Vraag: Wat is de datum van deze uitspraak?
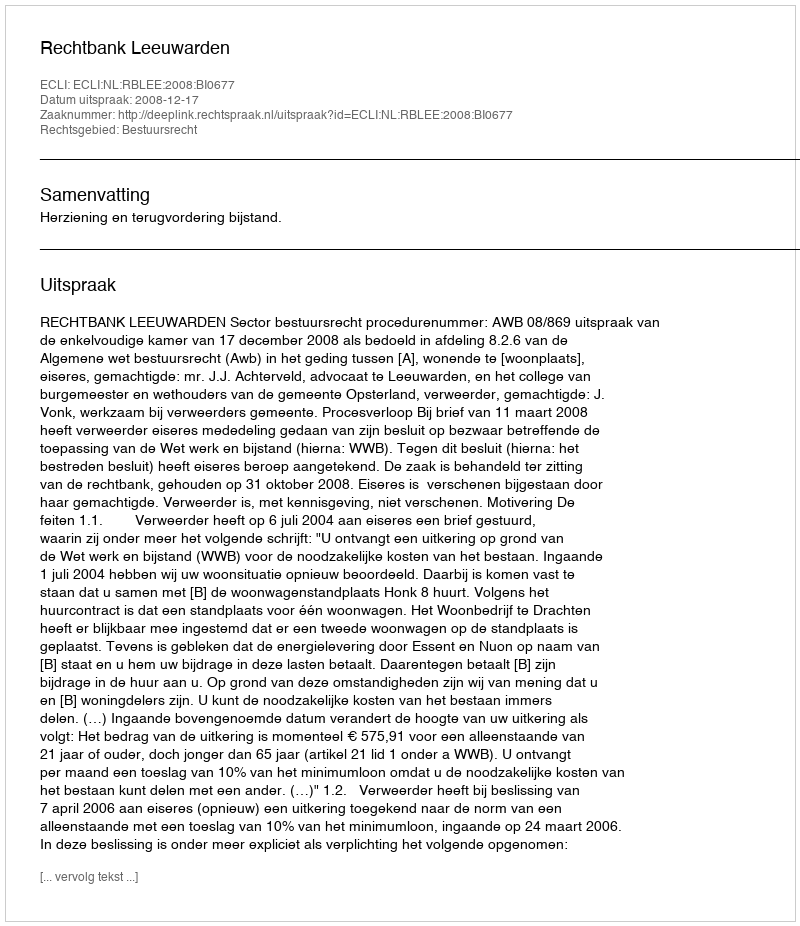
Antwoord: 2008-12-17